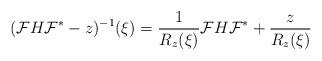
LaTeX: \begin{align*}(\mathcal{F} H \mathcal{F}^*-z)^{-1}(\xi)=\frac{1}{R_z(\xi)}\mathcal{F} H \mathcal{F}^*+\frac{z}{R_z(\xi)}\end{align*}